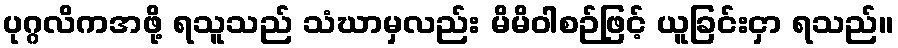
ပုဂ္ဂလိကအဖို့ ရသူသည် သံဃာမှလည်း မိမိဝါစဉ်ဖြင့် ယူခြင်းငှာ ရသည်။